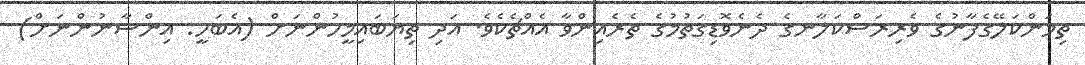
ތިމަންކަލޭގެފާނުގެ ވެރިރަސްކަލާނގެ ދެނެވޮޑިގަތުމުގެ ތެރެއިންވާ އެއްޗެކެވެ. އަދި ތިޔަބައިމީހުންނަށް (އެބަހީ: އިންސާނުންނަށް)